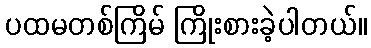
ပထမတစ်ကြိမ် ကြိုးစားခဲ့ပါတယ်။